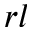
r l